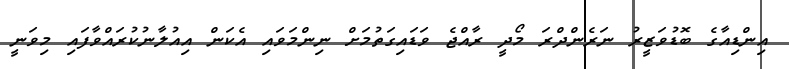
އިންޑިއާގެ ބޮޑުވަޒީރު ނަރެންދްރަ މޯދީ ރާއްޖެ ވަޑައިގަތުމަށް ނިންމަވައި އެކަން އިއުލާނުކުރައްވާފައި މިވަނީ